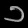
Digit: ၁